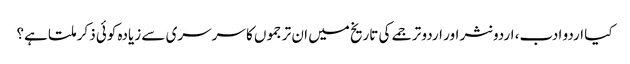
کیا اردو ادب، اردو نثر اور اردو ترجمے کی تاریخ میں ان ترجموں کا سرسری سے زیادہ کوئی ذکر ملتا ہے؟